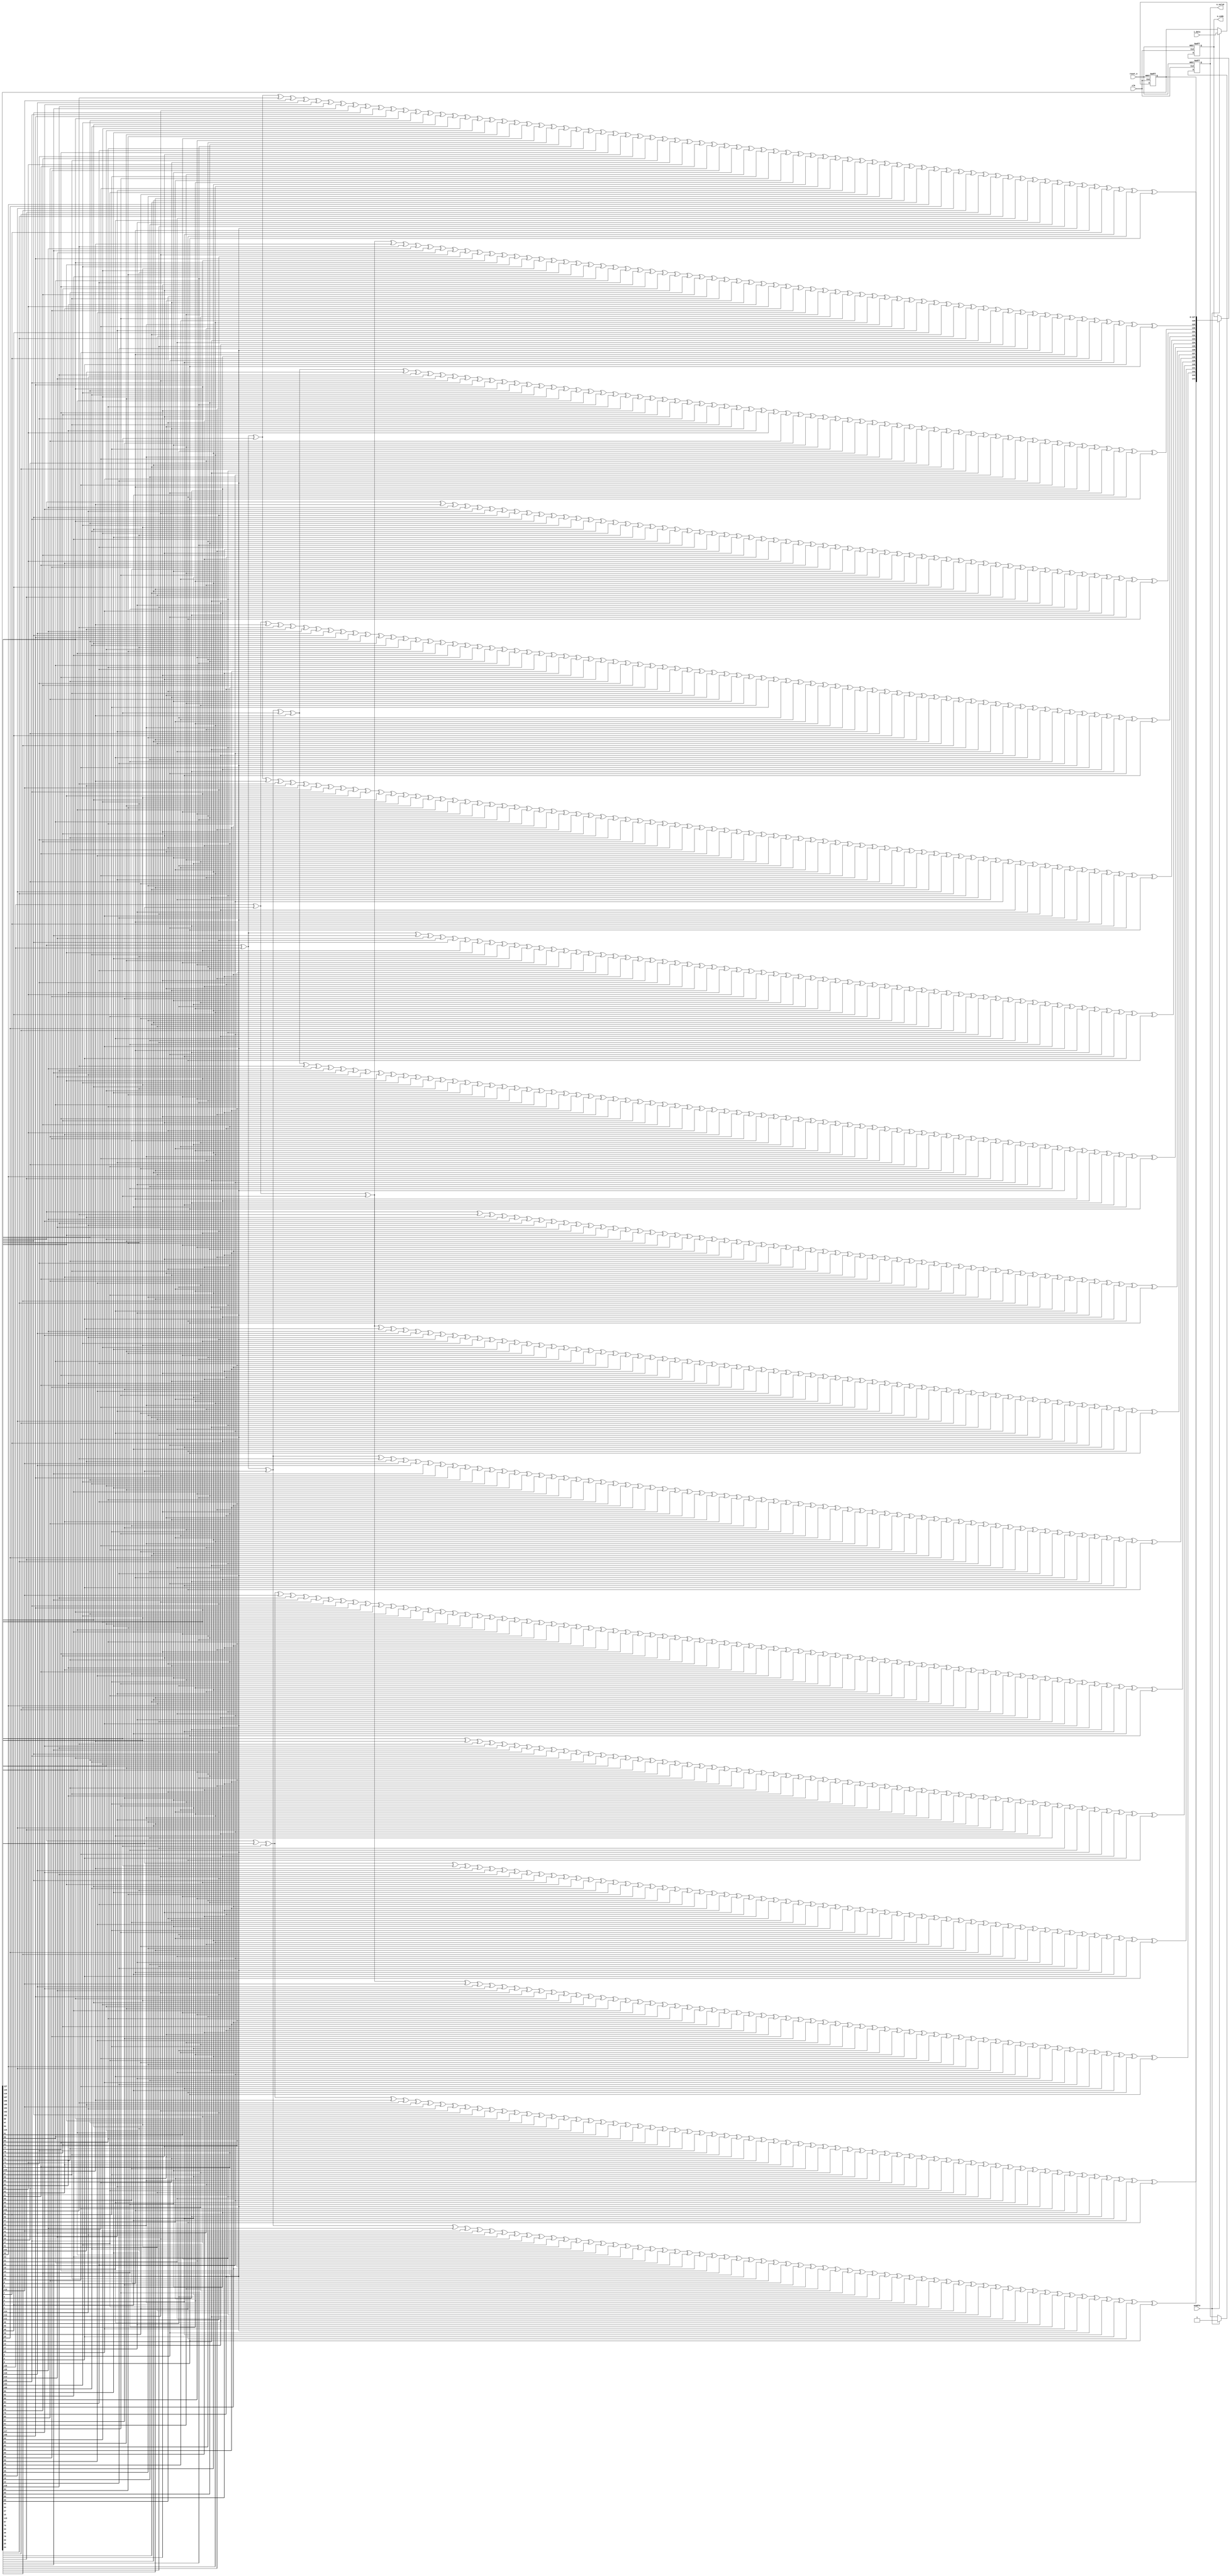
 
	module bch3d_128_enc(
	clk,
	reset_n,
	enable,
	i_data,
	o_code,
	o_valid
	);

	//--- INPUT PORTS ---
	input clk;
	input reset_n;
	input enable;
	input [0:127] i_data;

	//----OUTPUT PORTS----
	output [0:144] o_code;
	output o_valid;

	//---INTERNAL SIGNALS --
	reg [0:127] datareg ; // OPTIONAL  input register 
	reg o_valid;
	reg [0:144] o_code;

	// reg enreg; 
	wire [0:16] par ;//parity (check bits) 
	
assign par[0] = datareg[0] ^ datareg[2] ^ datareg[3] ^ datareg[4] ^ datareg[5] ^ datareg[6] ^ datareg[8] ^ datareg[13] ^ datareg[15] ^ datareg[16] ^ datareg[17] ^ datareg[20] ^ datareg[21] ^ datareg[22] ^ datareg[23] ^ datareg[25] ^ datareg[26] ^ datareg[29] ^ datareg[30] ^ datareg[34] ^ datareg[36] ^ datareg[41] ^ datareg[42] ^ datareg[44] ^ datareg[50] ^ datareg[51] ^ datareg[52] ^ datareg[53] ^ datareg[54] ^ datareg[56] ^ datareg[60] ^ datareg[61] ^ datareg[62] ^ datareg[63] ^ datareg[64] ^ datareg[65] ^ datareg[66] ^ datareg[69] ^ datareg[72] ^ datareg[74] ^ datareg[75] ^ datareg[77] ^ datareg[80] ^ datareg[84] ^ datareg[85] ^ datareg[86] ^ datareg[87] ^ datareg[88] ^ datareg[90] ^ datareg[96] ^ datareg[97] ^ datareg[104] ^ datareg[106] ^ datareg[107] ^ datareg[109] ^ datareg[113] ^ datareg[116] ^ datareg[117] ^ datareg[118] ^ datareg[119] ^ datareg[120] ^ datareg[121] ^ datareg[123] ^ datareg[124] ^ datareg[126];
assign par[1] = datareg[0] ^ datareg[1] ^ datareg[2] ^ datareg[7] ^ datareg[8] ^ datareg[9] ^ datareg[13] ^ datareg[14] ^ datareg[15] ^ datareg[18] ^ datareg[20] ^ datareg[24] ^ datareg[25] ^ datareg[27] ^ datareg[29] ^ datareg[31] ^ datareg[34] ^ datareg[35] ^ datareg[36] ^ datareg[37] ^ datareg[41] ^ datareg[43] ^ datareg[44] ^ datareg[45] ^ datareg[50] ^ datareg[55] ^ datareg[56] ^ datareg[57] ^ datareg[60] ^ datareg[67] ^ datareg[69] ^ datareg[70] ^ datareg[72] ^ datareg[73] ^ datareg[74] ^ datareg[76] ^ datareg[77] ^ datareg[78] ^ datareg[80] ^ datareg[81] ^ datareg[84] ^ datareg[89] ^ datareg[90] ^ datareg[91] ^ datareg[96] ^ datareg[98] ^ datareg[104] ^ datareg[105] ^ datareg[106] ^ datareg[108] ^ datareg[109] ^ datareg[110] ^ datareg[113] ^ datareg[114] ^ datareg[116] ^ datareg[122] ^ datareg[123] ^ datareg[125] ^ datareg[126] ^ datareg[127];
assign par[2] = datareg[1] ^ datareg[2] ^ datareg[3] ^ datareg[8] ^ datareg[9] ^ datareg[10] ^ datareg[14] ^ datareg[15] ^ datareg[16] ^ datareg[19] ^ datareg[21] ^ datareg[25] ^ datareg[26] ^ datareg[28] ^ datareg[30] ^ datareg[32] ^ datareg[35] ^ datareg[36] ^ datareg[37] ^ datareg[38] ^ datareg[42] ^ datareg[44] ^ datareg[45] ^ datareg[46] ^ datareg[51] ^ datareg[56] ^ datareg[57] ^ datareg[58] ^ datareg[61] ^ datareg[68] ^ datareg[70] ^ datareg[71] ^ datareg[73] ^ datareg[74] ^ datareg[75] ^ datareg[77] ^ datareg[78] ^ datareg[79] ^ datareg[81] ^ datareg[82] ^ datareg[85] ^ datareg[90] ^ datareg[91] ^ datareg[92] ^ datareg[97] ^ datareg[99] ^ datareg[105] ^ datareg[106] ^ datareg[107] ^ datareg[109] ^ datareg[110] ^ datareg[111] ^ datareg[114] ^ datareg[115] ^ datareg[117] ^ datareg[123] ^ datareg[124] ^ datareg[126] ^ datareg[127];
assign par[3] = datareg[2] ^ datareg[3] ^ datareg[4] ^ datareg[9] ^ datareg[10] ^ datareg[11] ^ datareg[15] ^ datareg[16] ^ datareg[17] ^ datareg[20] ^ datareg[22] ^ datareg[26] ^ datareg[27] ^ datareg[29] ^ datareg[31] ^ datareg[33] ^ datareg[36] ^ datareg[37] ^ datareg[38] ^ datareg[39] ^ datareg[43] ^ datareg[45] ^ datareg[46] ^ datareg[47] ^ datareg[52] ^ datareg[57] ^ datareg[58] ^ datareg[59] ^ datareg[62] ^ datareg[69] ^ datareg[71] ^ datareg[72] ^ datareg[74] ^ datareg[75] ^ datareg[76] ^ datareg[78] ^ datareg[79] ^ datareg[80] ^ datareg[82] ^ datareg[83] ^ datareg[86] ^ datareg[91] ^ datareg[92] ^ datareg[93] ^ datareg[98] ^ datareg[100] ^ datareg[106] ^ datareg[107] ^ datareg[108] ^ datareg[110] ^ datareg[111] ^ datareg[112] ^ datareg[115] ^ datareg[116] ^ datareg[118] ^ datareg[124] ^ datareg[125] ^ datareg[127];
assign par[4] = datareg[3] ^ datareg[4] ^ datareg[5] ^ datareg[10] ^ datareg[11] ^ datareg[12] ^ datareg[16] ^ datareg[17] ^ datareg[18] ^ datareg[21] ^ datareg[23] ^ datareg[27] ^ datareg[28] ^ datareg[30] ^ datareg[32] ^ datareg[34] ^ datareg[37] ^ datareg[38] ^ datareg[39] ^ datareg[40] ^ datareg[44] ^ datareg[46] ^ datareg[47] ^ datareg[48] ^ datareg[53] ^ datareg[58] ^ datareg[59] ^ datareg[60] ^ datareg[63] ^ datareg[70] ^ datareg[72] ^ datareg[73] ^ datareg[75] ^ datareg[76] ^ datareg[77] ^ datareg[79] ^ datareg[80] ^ datareg[81] ^ datareg[83] ^ datareg[84] ^ datareg[87] ^ datareg[92] ^ datareg[93] ^ datareg[94] ^ datareg[99] ^ datareg[101] ^ datareg[107] ^ datareg[108] ^ datareg[109] ^ datareg[111] ^ datareg[112] ^ datareg[113] ^ datareg[116] ^ datareg[117] ^ datareg[119] ^ datareg[125] ^ datareg[126];
assign par[5] = datareg[0] ^ datareg[2] ^ datareg[3] ^ datareg[8] ^ datareg[11] ^ datareg[12] ^ datareg[15] ^ datareg[16] ^ datareg[18] ^ datareg[19] ^ datareg[20] ^ datareg[21] ^ datareg[23] ^ datareg[24] ^ datareg[25] ^ datareg[26] ^ datareg[28] ^ datareg[30] ^ datareg[31] ^ datareg[33] ^ datareg[34] ^ datareg[35] ^ datareg[36] ^ datareg[38] ^ datareg[39] ^ datareg[40] ^ datareg[42] ^ datareg[44] ^ datareg[45] ^ datareg[47] ^ datareg[48] ^ datareg[49] ^ datareg[50] ^ datareg[51] ^ datareg[52] ^ datareg[53] ^ datareg[56] ^ datareg[59] ^ datareg[62] ^ datareg[63] ^ datareg[65] ^ datareg[66] ^ datareg[69] ^ datareg[71] ^ datareg[72] ^ datareg[73] ^ datareg[75] ^ datareg[76] ^ datareg[78] ^ datareg[81] ^ datareg[82] ^ datareg[86] ^ datareg[87] ^ datareg[90] ^ datareg[93] ^ datareg[94] ^ datareg[95] ^ datareg[96] ^ datareg[97] ^ datareg[100] ^ datareg[102] ^ datareg[104] ^ datareg[106] ^ datareg[107] ^ datareg[108] ^ datareg[110] ^ datareg[112] ^ datareg[114] ^ datareg[116] ^ datareg[119] ^ datareg[121] ^ datareg[123] ^ datareg[124] ^ datareg[127];
assign par[6] = datareg[0] ^ datareg[1] ^ datareg[2] ^ datareg[5] ^ datareg[6] ^ datareg[8] ^ datareg[9] ^ datareg[12] ^ datareg[15] ^ datareg[19] ^ datareg[23] ^ datareg[24] ^ datareg[27] ^ datareg[30] ^ datareg[31] ^ datareg[32] ^ datareg[35] ^ datareg[37] ^ datareg[39] ^ datareg[40] ^ datareg[42] ^ datareg[43] ^ datareg[44] ^ datareg[45] ^ datareg[46] ^ datareg[48] ^ datareg[49] ^ datareg[56] ^ datareg[57] ^ datareg[61] ^ datareg[62] ^ datareg[65] ^ datareg[67] ^ datareg[69] ^ datareg[70] ^ datareg[73] ^ datareg[75] ^ datareg[76] ^ datareg[79] ^ datareg[80] ^ datareg[82] ^ datareg[83] ^ datareg[84] ^ datareg[85] ^ datareg[86] ^ datareg[90] ^ datareg[91] ^ datareg[94] ^ datareg[95] ^ datareg[98] ^ datareg[101] ^ datareg[103] ^ datareg[104] ^ datareg[105] ^ datareg[106] ^ datareg[108] ^ datareg[111] ^ datareg[115] ^ datareg[116] ^ datareg[118] ^ datareg[119] ^ datareg[121] ^ datareg[122] ^ datareg[123] ^ datareg[125] ^ datareg[126];
assign par[7] = datareg[1] ^ datareg[2] ^ datareg[3] ^ datareg[6] ^ datareg[7] ^ datareg[9] ^ datareg[10] ^ datareg[13] ^ datareg[16] ^ datareg[20] ^ datareg[24] ^ datareg[25] ^ datareg[28] ^ datareg[31] ^ datareg[32] ^ datareg[33] ^ datareg[36] ^ datareg[38] ^ datareg[40] ^ datareg[41] ^ datareg[43] ^ datareg[44] ^ datareg[45] ^ datareg[46] ^ datareg[47] ^ datareg[49] ^ datareg[50] ^ datareg[57] ^ datareg[58] ^ datareg[62] ^ datareg[63] ^ datareg[66] ^ datareg[68] ^ datareg[70] ^ datareg[71] ^ datareg[74] ^ datareg[76] ^ datareg[77] ^ datareg[80] ^ datareg[81] ^ datareg[83] ^ datareg[84] ^ datareg[85] ^ datareg[86] ^ datareg[87] ^ datareg[91] ^ datareg[92] ^ datareg[95] ^ datareg[96] ^ datareg[99] ^ datareg[102] ^ datareg[104] ^ datareg[105] ^ datareg[106] ^ datareg[107] ^ datareg[109] ^ datareg[112] ^ datareg[116] ^ datareg[117] ^ datareg[119] ^ datareg[120] ^ datareg[122] ^ datareg[123] ^ datareg[124] ^ datareg[126] ^ datareg[127];
assign par[8] = datareg[0] ^ datareg[5] ^ datareg[6] ^ datareg[7] ^ datareg[10] ^ datareg[11] ^ datareg[13] ^ datareg[14] ^ datareg[15] ^ datareg[16] ^ datareg[20] ^ datareg[22] ^ datareg[23] ^ datareg[30] ^ datareg[32] ^ datareg[33] ^ datareg[36] ^ datareg[37] ^ datareg[39] ^ datareg[45] ^ datareg[46] ^ datareg[47] ^ datareg[48] ^ datareg[52] ^ datareg[53] ^ datareg[54] ^ datareg[56] ^ datareg[58] ^ datareg[59] ^ datareg[60] ^ datareg[61] ^ datareg[62] ^ datareg[65] ^ datareg[66] ^ datareg[67] ^ datareg[71] ^ datareg[74] ^ datareg[78] ^ datareg[80] ^ datareg[81] ^ datareg[82] ^ datareg[90] ^ datareg[92] ^ datareg[93] ^ datareg[100] ^ datareg[103] ^ datareg[104] ^ datareg[105] ^ datareg[108] ^ datareg[109] ^ datareg[110] ^ datareg[116] ^ datareg[119] ^ datareg[125] ^ datareg[126] ^ datareg[127];
assign par[9] = datareg[0] ^ datareg[1] ^ datareg[2] ^ datareg[3] ^ datareg[4] ^ datareg[5] ^ datareg[7] ^ datareg[11] ^ datareg[12] ^ datareg[13] ^ datareg[14] ^ datareg[20] ^ datareg[22] ^ datareg[24] ^ datareg[25] ^ datareg[26] ^ datareg[29] ^ datareg[30] ^ datareg[31] ^ datareg[33] ^ datareg[36] ^ datareg[37] ^ datareg[38] ^ datareg[40] ^ datareg[41] ^ datareg[42] ^ datareg[44] ^ datareg[46] ^ datareg[47] ^ datareg[48] ^ datareg[49] ^ datareg[50] ^ datareg[51] ^ datareg[52] ^ datareg[55] ^ datareg[56] ^ datareg[57] ^ datareg[59] ^ datareg[64] ^ datareg[65] ^ datareg[67] ^ datareg[68] ^ datareg[69] ^ datareg[74] ^ datareg[77] ^ datareg[79] ^ datareg[80] ^ datareg[81] ^ datareg[82] ^ datareg[83] ^ datareg[84] ^ datareg[85] ^ datareg[86] ^ datareg[87] ^ datareg[88] ^ datareg[90] ^ datareg[91] ^ datareg[93] ^ datareg[94] ^ datareg[96] ^ datareg[97] ^ datareg[101] ^ datareg[105] ^ datareg[107] ^ datareg[110] ^ datareg[111] ^ datareg[113] ^ datareg[116] ^ datareg[118] ^ datareg[119] ^ datareg[121] ^ datareg[123] ^ datareg[124] ^ datareg[127];
assign par[10] = datareg[0] ^ datareg[1] ^ datareg[12] ^ datareg[14] ^ datareg[16] ^ datareg[17] ^ datareg[20] ^ datareg[22] ^ datareg[27] ^ datareg[29] ^ datareg[31] ^ datareg[32] ^ datareg[36] ^ datareg[37] ^ datareg[38] ^ datareg[39] ^ datareg[43] ^ datareg[44] ^ datareg[45] ^ datareg[47] ^ datareg[48] ^ datareg[49] ^ datareg[54] ^ datareg[57] ^ datareg[58] ^ datareg[61] ^ datareg[62] ^ datareg[63] ^ datareg[64] ^ datareg[68] ^ datareg[70] ^ datareg[72] ^ datareg[74] ^ datareg[77] ^ datareg[78] ^ datareg[81] ^ datareg[82] ^ datareg[83] ^ datareg[89] ^ datareg[90] ^ datareg[91] ^ datareg[92] ^ datareg[94] ^ datareg[95] ^ datareg[96] ^ datareg[98] ^ datareg[102] ^ datareg[104] ^ datareg[107] ^ datareg[108] ^ datareg[109] ^ datareg[111] ^ datareg[112] ^ datareg[113] ^ datareg[114] ^ datareg[116] ^ datareg[118] ^ datareg[121] ^ datareg[122] ^ datareg[123] ^ datareg[125] ^ datareg[126];
assign par[11] = datareg[0] ^ datareg[1] ^ datareg[3] ^ datareg[4] ^ datareg[5] ^ datareg[6] ^ datareg[8] ^ datareg[16] ^ datareg[18] ^ datareg[20] ^ datareg[22] ^ datareg[25] ^ datareg[26] ^ datareg[28] ^ datareg[29] ^ datareg[32] ^ datareg[33] ^ datareg[34] ^ datareg[36] ^ datareg[37] ^ datareg[38] ^ datareg[39] ^ datareg[40] ^ datareg[41] ^ datareg[42] ^ datareg[45] ^ datareg[46] ^ datareg[48] ^ datareg[49] ^ datareg[51] ^ datareg[52] ^ datareg[53] ^ datareg[54] ^ datareg[55] ^ datareg[56] ^ datareg[58] ^ datareg[59] ^ datareg[60] ^ datareg[61] ^ datareg[66] ^ datareg[71] ^ datareg[72] ^ datareg[73] ^ datareg[74] ^ datareg[77] ^ datareg[78] ^ datareg[79] ^ datareg[80] ^ datareg[82] ^ datareg[83] ^ datareg[85] ^ datareg[86] ^ datareg[87] ^ datareg[88] ^ datareg[91] ^ datareg[92] ^ datareg[93] ^ datareg[95] ^ datareg[99] ^ datareg[103] ^ datareg[104] ^ datareg[105] ^ datareg[106] ^ datareg[107] ^ datareg[108] ^ datareg[110] ^ datareg[112] ^ datareg[114] ^ datareg[115] ^ datareg[116] ^ datareg[118] ^ datareg[120] ^ datareg[121] ^ datareg[122] ^ datareg[127];
assign par[12] = datareg[1] ^ datareg[2] ^ datareg[4] ^ datareg[5] ^ datareg[6] ^ datareg[7] ^ datareg[9] ^ datareg[17] ^ datareg[19] ^ datareg[21] ^ datareg[23] ^ datareg[26] ^ datareg[27] ^ datareg[29] ^ datareg[30] ^ datareg[33] ^ datareg[34] ^ datareg[35] ^ datareg[37] ^ datareg[38] ^ datareg[39] ^ datareg[40] ^ datareg[41] ^ datareg[42] ^ datareg[43] ^ datareg[46] ^ datareg[47] ^ datareg[49] ^ datareg[50] ^ datareg[52] ^ datareg[53] ^ datareg[54] ^ datareg[55] ^ datareg[56] ^ datareg[57] ^ datareg[59] ^ datareg[60] ^ datareg[61] ^ datareg[62] ^ datareg[67] ^ datareg[72] ^ datareg[73] ^ datareg[74] ^ datareg[75] ^ datareg[78] ^ datareg[79] ^ datareg[80] ^ datareg[81] ^ datareg[83] ^ datareg[84] ^ datareg[86] ^ datareg[87] ^ datareg[88] ^ datareg[89] ^ datareg[92] ^ datareg[93] ^ datareg[94] ^ datareg[96] ^ datareg[100] ^ datareg[104] ^ datareg[105] ^ datareg[106] ^ datareg[107] ^ datareg[108] ^ datareg[109] ^ datareg[111] ^ datareg[113] ^ datareg[115] ^ datareg[116] ^ datareg[117] ^ datareg[119] ^ datareg[121] ^ datareg[122] ^ datareg[123];
assign par[13] = datareg[0] ^ datareg[4] ^ datareg[7] ^ datareg[10] ^ datareg[13] ^ datareg[15] ^ datareg[16] ^ datareg[17] ^ datareg[18] ^ datareg[21] ^ datareg[23] ^ datareg[24] ^ datareg[25] ^ datareg[26] ^ datareg[27] ^ datareg[28] ^ datareg[29] ^ datareg[31] ^ datareg[35] ^ datareg[38] ^ datareg[39] ^ datareg[40] ^ datareg[43] ^ datareg[47] ^ datareg[48] ^ datareg[52] ^ datareg[55] ^ datareg[57] ^ datareg[58] ^ datareg[64] ^ datareg[65] ^ datareg[66] ^ datareg[68] ^ datareg[69] ^ datareg[72] ^ datareg[73] ^ datareg[76] ^ datareg[77] ^ datareg[79] ^ datareg[81] ^ datareg[82] ^ datareg[86] ^ datareg[89] ^ datareg[93] ^ datareg[94] ^ datareg[95] ^ datareg[96] ^ datareg[101] ^ datareg[104] ^ datareg[105] ^ datareg[108] ^ datareg[110] ^ datareg[112] ^ datareg[113] ^ datareg[114] ^ datareg[119] ^ datareg[121] ^ datareg[122] ^ datareg[126];
assign par[14] = datareg[0] ^ datareg[1] ^ datareg[2] ^ datareg[3] ^ datareg[4] ^ datareg[6] ^ datareg[11] ^ datareg[13] ^ datareg[14] ^ datareg[15] ^ datareg[18] ^ datareg[19] ^ datareg[20] ^ datareg[21] ^ datareg[23] ^ datareg[24] ^ datareg[27] ^ datareg[28] ^ datareg[32] ^ datareg[34] ^ datareg[39] ^ datareg[40] ^ datareg[42] ^ datareg[48] ^ datareg[49] ^ datareg[50] ^ datareg[51] ^ datareg[52] ^ datareg[54] ^ datareg[58] ^ datareg[59] ^ datareg[60] ^ datareg[61] ^ datareg[62] ^ datareg[63] ^ datareg[64] ^ datareg[67] ^ datareg[70] ^ datareg[72] ^ datareg[73] ^ datareg[75] ^ datareg[78] ^ datareg[82] ^ datareg[83] ^ datareg[84] ^ datareg[85] ^ datareg[86] ^ datareg[88] ^ datareg[94] ^ datareg[95] ^ datareg[102] ^ datareg[104] ^ datareg[105] ^ datareg[107] ^ datareg[111] ^ datareg[114] ^ datareg[115] ^ datareg[116] ^ datareg[117] ^ datareg[118] ^ datareg[119] ^ datareg[121] ^ datareg[122] ^ datareg[124] ^ datareg[126] ^ datareg[127];
assign par[15] = datareg[1] ^ datareg[2] ^ datareg[3] ^ datareg[4] ^ datareg[5] ^ datareg[7] ^ datareg[12] ^ datareg[14] ^ datareg[15] ^ datareg[16] ^ datareg[19] ^ datareg[20] ^ datareg[21] ^ datareg[22] ^ datareg[24] ^ datareg[25] ^ datareg[28] ^ datareg[29] ^ datareg[33] ^ datareg[35] ^ datareg[40] ^ datareg[41] ^ datareg[43] ^ datareg[49] ^ datareg[50] ^ datareg[51] ^ datareg[52] ^ datareg[53] ^ datareg[55] ^ datareg[59] ^ datareg[60] ^ datareg[61] ^ datareg[62] ^ datareg[63] ^ datareg[64] ^ datareg[65] ^ datareg[68] ^ datareg[71] ^ datareg[73] ^ datareg[74] ^ datareg[76] ^ datareg[79] ^ datareg[83] ^ datareg[84] ^ datareg[85] ^ datareg[86] ^ datareg[87] ^ datareg[89] ^ datareg[95] ^ datareg[96] ^ datareg[103] ^ datareg[105] ^ datareg[106] ^ datareg[108] ^ datareg[112] ^ datareg[115] ^ datareg[116] ^ datareg[117] ^ datareg[118] ^ datareg[119] ^ datareg[120] ^ datareg[122] ^ datareg[123] ^ datareg[125] ^ datareg[127];
assign par[16] = datareg[0] ^ datareg[1] ^ datareg[3] ^ datareg[5] ^ datareg[8] ^ datareg[9] ^ datareg[10] ^ datareg[11] ^ datareg[12] ^ datareg[15] ^ datareg[17] ^ datareg[18] ^ datareg[19] ^ datareg[21] ^ datareg[23] ^ datareg[24] ^ datareg[26] ^ datareg[27] ^ datareg[28] ^ datareg[30] ^ datareg[31] ^ datareg[32] ^ datareg[33] ^ datareg[36] ^ datareg[37] ^ datareg[38] ^ datareg[39] ^ datareg[40] ^ datareg[42] ^ datareg[43] ^ datareg[50] ^ datareg[52] ^ datareg[54] ^ datareg[55] ^ datareg[60] ^ datareg[62] ^ datareg[64] ^ datareg[66] ^ datareg[67] ^ datareg[68] ^ datareg[72] ^ datareg[73] ^ datareg[75] ^ datareg[76] ^ datareg[80] ^ datareg[81] ^ datareg[82] ^ datareg[83] ^ datareg[85] ^ datareg[87] ^ datareg[90] ^ datareg[91] ^ datareg[92] ^ datareg[93] ^ datareg[94] ^ datareg[95] ^ datareg[97] ^ datareg[98] ^ datareg[99] ^ datareg[100] ^ datareg[101] ^ datareg[102] ^ datareg[103] ^ datareg[106] ^ datareg[109] ^ datareg[110] ^ datareg[111] ^ datareg[112] ^ datareg[116] ^ datareg[118] ^ datareg[120] ^ datareg[123] ^ datareg[126] ^ datareg[127];



		//------ GET INPUT ----
	//---------------------------

	always @(posedge clk or negedge reset_n) begin
		if (~reset_n) 
			datareg <= 0 ;

		else if (enable) 
			datareg <= i_data;
		
	end

	//--------Code is generated 1 cycle after input is registered 
	//----------------------------------------------

	always @(posedge clk or negedge reset_n) begin
		if (~reset_n) begin
			o_code  <= 0;
			o_valid <= 0;
		end	
		else if (enable) begin 
			o_code <= {par,datareg}; 
			o_valid <= 1 ;
		end
	 
				
		
	end




	endmodule 
	//---- end of file -----//